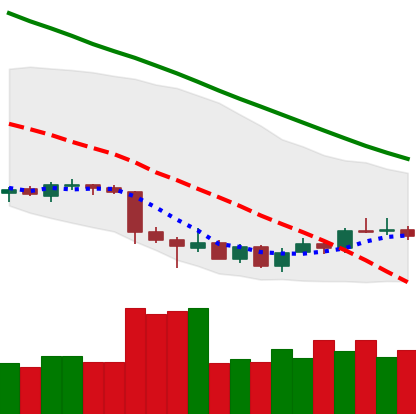
Ticker: LTC-USD
Chart end date: 2018-07-05
Forward return: -9.165%
Label: down_7plus